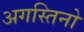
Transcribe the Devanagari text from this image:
अगस्तिनो